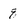
Character: 8